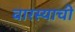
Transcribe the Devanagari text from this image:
वारस्याची